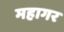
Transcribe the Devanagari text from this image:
महागर